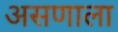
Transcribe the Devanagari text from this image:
असणाला